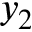
y _ { 2 }